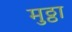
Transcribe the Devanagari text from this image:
मुठ्ठा